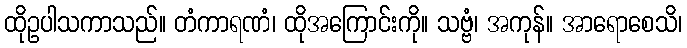
ထိုဥပါသကာသည်။ တံကာရဏံ၊ ထိုအကြောင်းကို။ သဗ္ဗံ၊ အကုန်။ အာရောစေသိ၊